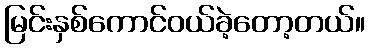
မြင်းနှစ်ကောင်ဝယ်ခဲ့တော့တယ်။